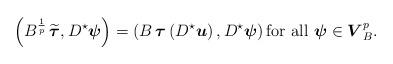
LaTeX: \begin{align*}\left(B^{\frac{1}{p}}\,\widetilde{\boldsymbol\tau},D^\star{\boldsymbol\psi}\right)=\left(B \, {\boldsymbol\tau}\left(D^\star{ \boldsymbol u}\right),D^\star{\boldsymbol\psi}\right) \mbox{for all} \ {\boldsymbol\psi}\in \boldsymbol V_B^{p}. \end{align*}